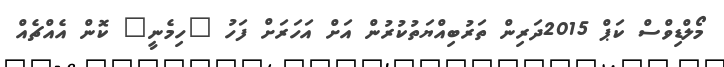
މޯލްޑިވްސް ކަޕް 2015ދަރިން ތަރުބިއްޔަތުކުރުން އަށް އަހަރަށް ފަހު "ހިމެނީ" ކޮން އެއްޗެއް